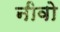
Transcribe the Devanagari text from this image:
नीवो